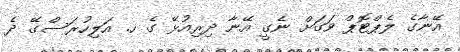
އޭނާގެ ލެޕްޓޮޕް ވަގަށް ނެގީ އޭނާ ދިރިއުޅޭ ގެ ހ. އަލިހުރަސްގޭ ދެ